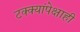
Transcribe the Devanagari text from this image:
टक्क्यांपेक्षाही